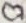
Text: C7